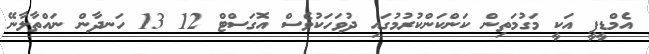
އެމްޑީޕީ އަކީ މަގުމަތިން ކަންކަންކުރުމުގައި ދުވަހަކުވެސް އޮގަސްޓް 12 13 ހަނދާން ނައްތާލާނޭ